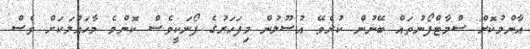
އާންމުކޮށް ސްމާޓްފޯނުތައް ބޭނުން ކުރެވޭ އުސޫލުން މިފަހަރުގެ ފޯނަކީވެސް ކޮންމެ މާހައުލަކަށް ވެސް